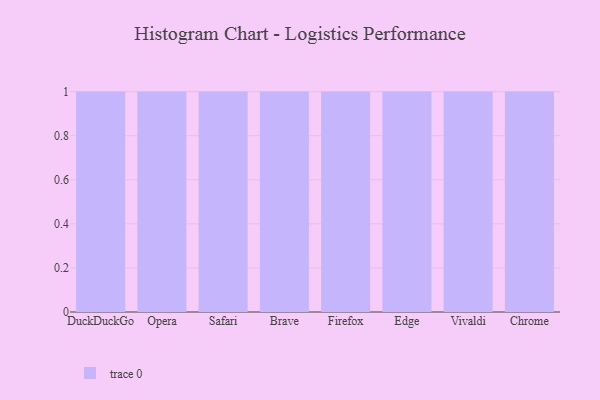
{"axis": {"x": "Browser", "y": "Revenue (USD Million)"}, "legend": [""], "data": [{"x": "DuckDuckGo", "y": 44, "type": ""}, {"x": "Opera", "y": 21, "type": ""}, {"x": "Safari", "y": 21, "type": ""}, {"x": "Brave", "y": 24, "type": ""}, {"x": "Firefox", "y": 89, "type": ""}, {"x": "Edge", "y": 11, "type": ""}, {"x": "Vivaldi", "y": 21, "type": ""}, {"x": "Chrome", "y": 28, "type": ""}]}